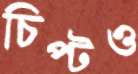
চিপ্‌টও